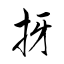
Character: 㧎